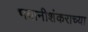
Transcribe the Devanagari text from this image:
भवानीशंकराच्या